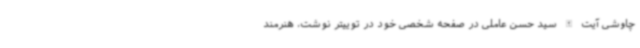
چاوشی آیت الله سید حسن عاملی در صفحه شخصی خود در توییتر نوشت، هنرمند